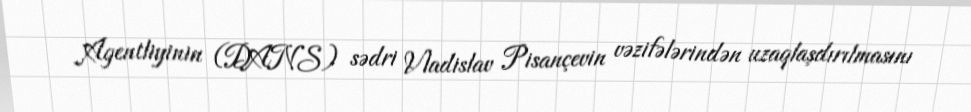
Agentliyinin (DANS) sədri Vladislav Pisançevin vəzifələrindən uzaqlaşdırılmasını